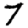
Digit: 7